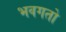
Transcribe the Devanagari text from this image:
भवगतो